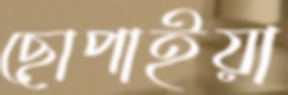
ছোপাইয়া